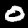
Label: 0